Leaving Certificate Examination, 1912
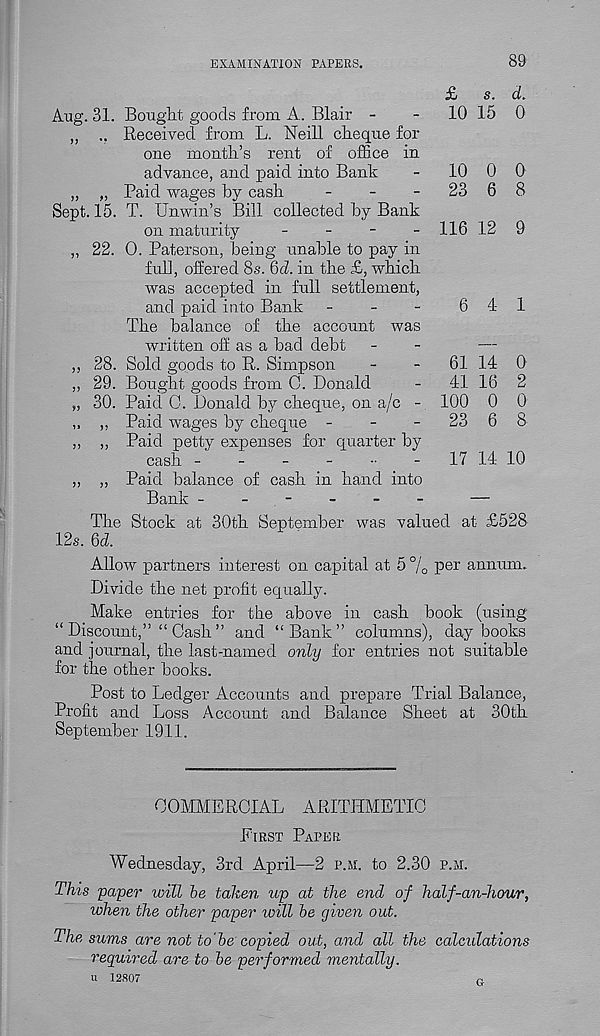
EXAMINATION PAPEES.
89
£
s. d.
Aug. 31. Bought goods from A. Blair -
-
10 15 0
„ .. Received from L. Neill cheque for
one month’s rent of office in
advance, and paid into Bank
-
10 0 0
„ „ Paid wages by cash
-
-
-
23 6 8
Sept. 15. T. Unwin’s Bill collected by Bank
on maturity
_
_
-
_ 116 12 9
„ 22. 0. Paterson, being unable to pay in
full, offered 8s. 6<A in the £, which
was accepted in full settlement,
and paid into Bank -
-
-
6 4 1
The balance of the account was
written off as a bad debt
-
-
—
,, 28. Sold goods to R. Simpson
-
-
61 14 0
,, 29. Bought goods from C. Donald
-
41 16 2
„ 30. Paid C. Donald by cheque, on a/c - 100 0 0
„ „ Paid wages by cheque -
-
-
23 6 8
,, ,, Paid petty expenses for quarter by
cash -
-
-
-
-•
-
17 14 10
„ ,, Paid balance of cash in hand into
Bank ------
—
The Stock at 30th September was valued at £528
12s. 6d.
Allow partners interest on capital at 5 % per annum.
Divide the net profit equally.
Make entries for the above in cash book (using
“ Discount,” “ Cash ” and “Bank” columns), daybooks
and journal, the last-named only for entries not suitable
for the other books.
Post to Ledger Accounts and prepare Trial Balance,
Profit and Loss Account and. Balance Sheet at 30th
September 1911.
COMMERCIAL ARITHMETIC
First Paper
Wednesday, 3rd April—2 p.h. to 2.30 p.m.
This 'paper will be taken up at the end of half-an-hour,
when the other paper will be given out.
The sums are not to'be copied out, and all the calculations
required are to be performed mentally.
u 12807
r